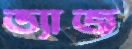
ভ্যাজ